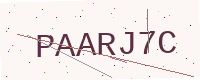
Text: PAARJ7C